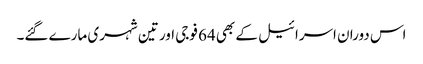
اس دوران اسرائیل کے بھی 64 فوجی اور تین شہری مارے گئے۔